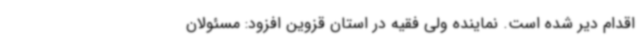
اقدام دیر شده است. نماینده ولی فقیه در استان قزوین افزود: مسئولان